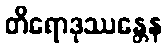
တိရောဒုဿန္တေန